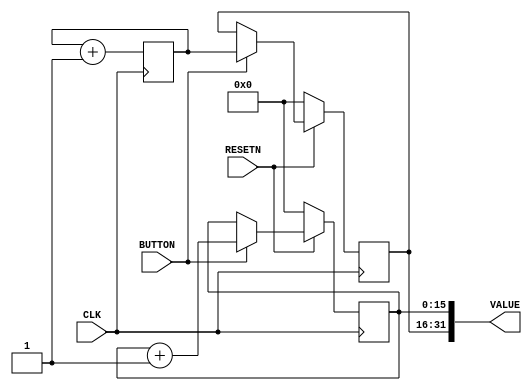
/*
    Every time the user presses BTNU (the "up" button), this displays a random number
    in hex on the left-hand 4-digit display, and the count (in decimal) of the number
    of times the button has been pressed on the right-hand 4-digit display.   Pressing  
    the CPU_RESET button clears both values to zero.
    
    Look at the top of the module "seven_seg" for a description of the various display
    styles available for the two 4-digit 7-segment displays
    
    This runs on a Digilent Nexys-A7-100T development board
*/


module controller
(
    input  CLK, RESETN, BUTTON,
    output[31:0] VALUE
);
   

    reg[15:0] random, count, free_timer;
    always @(posedge CLK) begin
        free_timer <= free_timer + 1;
        if (RESETN == 0) begin
            count  <= 0;
            random <= 0;
        end else begin
            if (BUTTON) begin
                count  <= count + 1;
                random <= free_timer;
            end
        end    
    
    end
    
    assign VALUE = {random, count};
    
endmodule